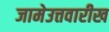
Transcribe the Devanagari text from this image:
जामेउत्तवारीख